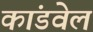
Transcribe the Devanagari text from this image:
कांडवेल